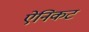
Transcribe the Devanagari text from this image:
ऐनिकट